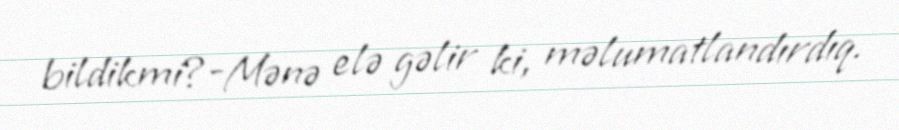
bildikmi?-Mənə elə gəlir ki, məlumatlandırdıq.